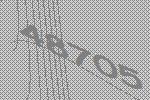
48705